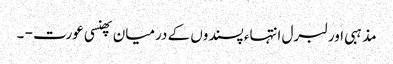
مذہبی اور لبرل انتہاء پسندوں کے درمیان پھنسی عورت - ۔